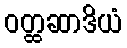
ဝတ္ထဆာဒိယံ